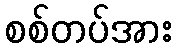
စစ်တပ်အား